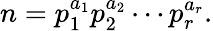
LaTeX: n=p_{1}^{a_{1}}p_{2}^{a_{2}}\cdots p_{r}^{a_{r}}.